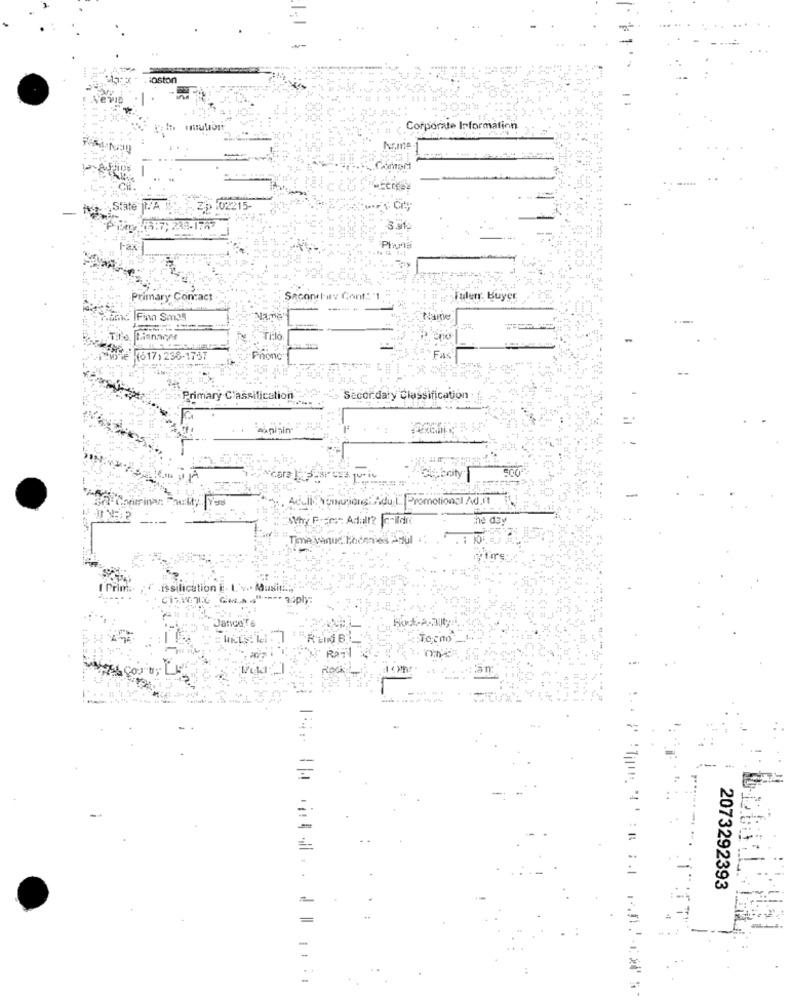
Marx - Hoston
Corporate Information
State N'A
Zp :02215-
Zp
4216:7; 233-1787
Fax
Primary Contact
Secondhav Cont: "1 "
Talerr. Buyer
Finn Sm35
Name
Tito, Manager
Ti:lo
MIE (617) 236-1737
Phone
Fax
Primary C'assification:
"Secor daly Classification
axninin-
oneriongi Adu L. Promotiongl Ad.It
ne day
Time Thnuc Tadenie's Adul 1
tion i
I've. Musi
aupły
Janco,Te
Torno
2073292393